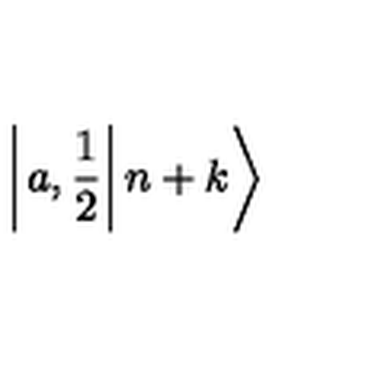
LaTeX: \left| \left. a , \frac { 1 } { 2 } \right| n + k \right\rangle